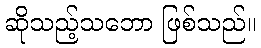
ဆိုသည့်သဘော ဖြစ်သည်။